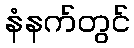
နံနက်တွင်